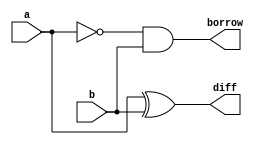
module HALF_SUBTRACTOR(borrow,diff,a,b);
input a,b;
output borrow,diff;
wire w1;
xor(diff,a,b);
not(w1,a);
and(borrow,w1,b);
endmodule